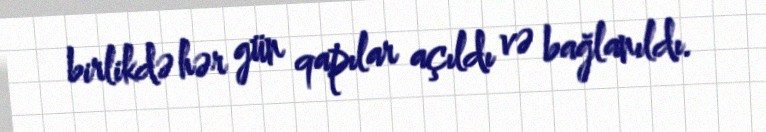
birlikdə hər gün qapılar açıldı və bağlanıldı.